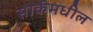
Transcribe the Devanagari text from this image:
सार्कमधील